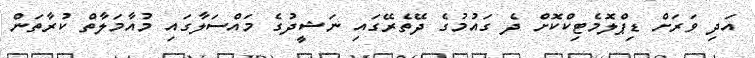
އަދި ވަރަށް ޑިޕްލޮމެޓިކްކޮށް ދެ ގައުމުގެ ދޭތެރޭގައި ނަޝީދުގެ މައްސަލާގައި މުއާމަލާތް ކުރާތަން